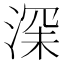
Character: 𱧐